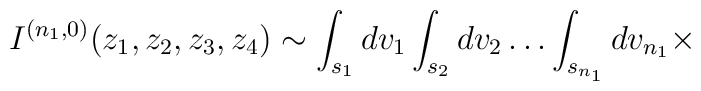
I^{( n_{1} , 0 )}(z_{1},z_{2},z_{3},z_{4}) \sim\int_{s_{1}}dv_{1}\int_{s_{2}}dv_{2}\ldots\int_{s_{n_{1}}}dv_{n_{1}}  \times